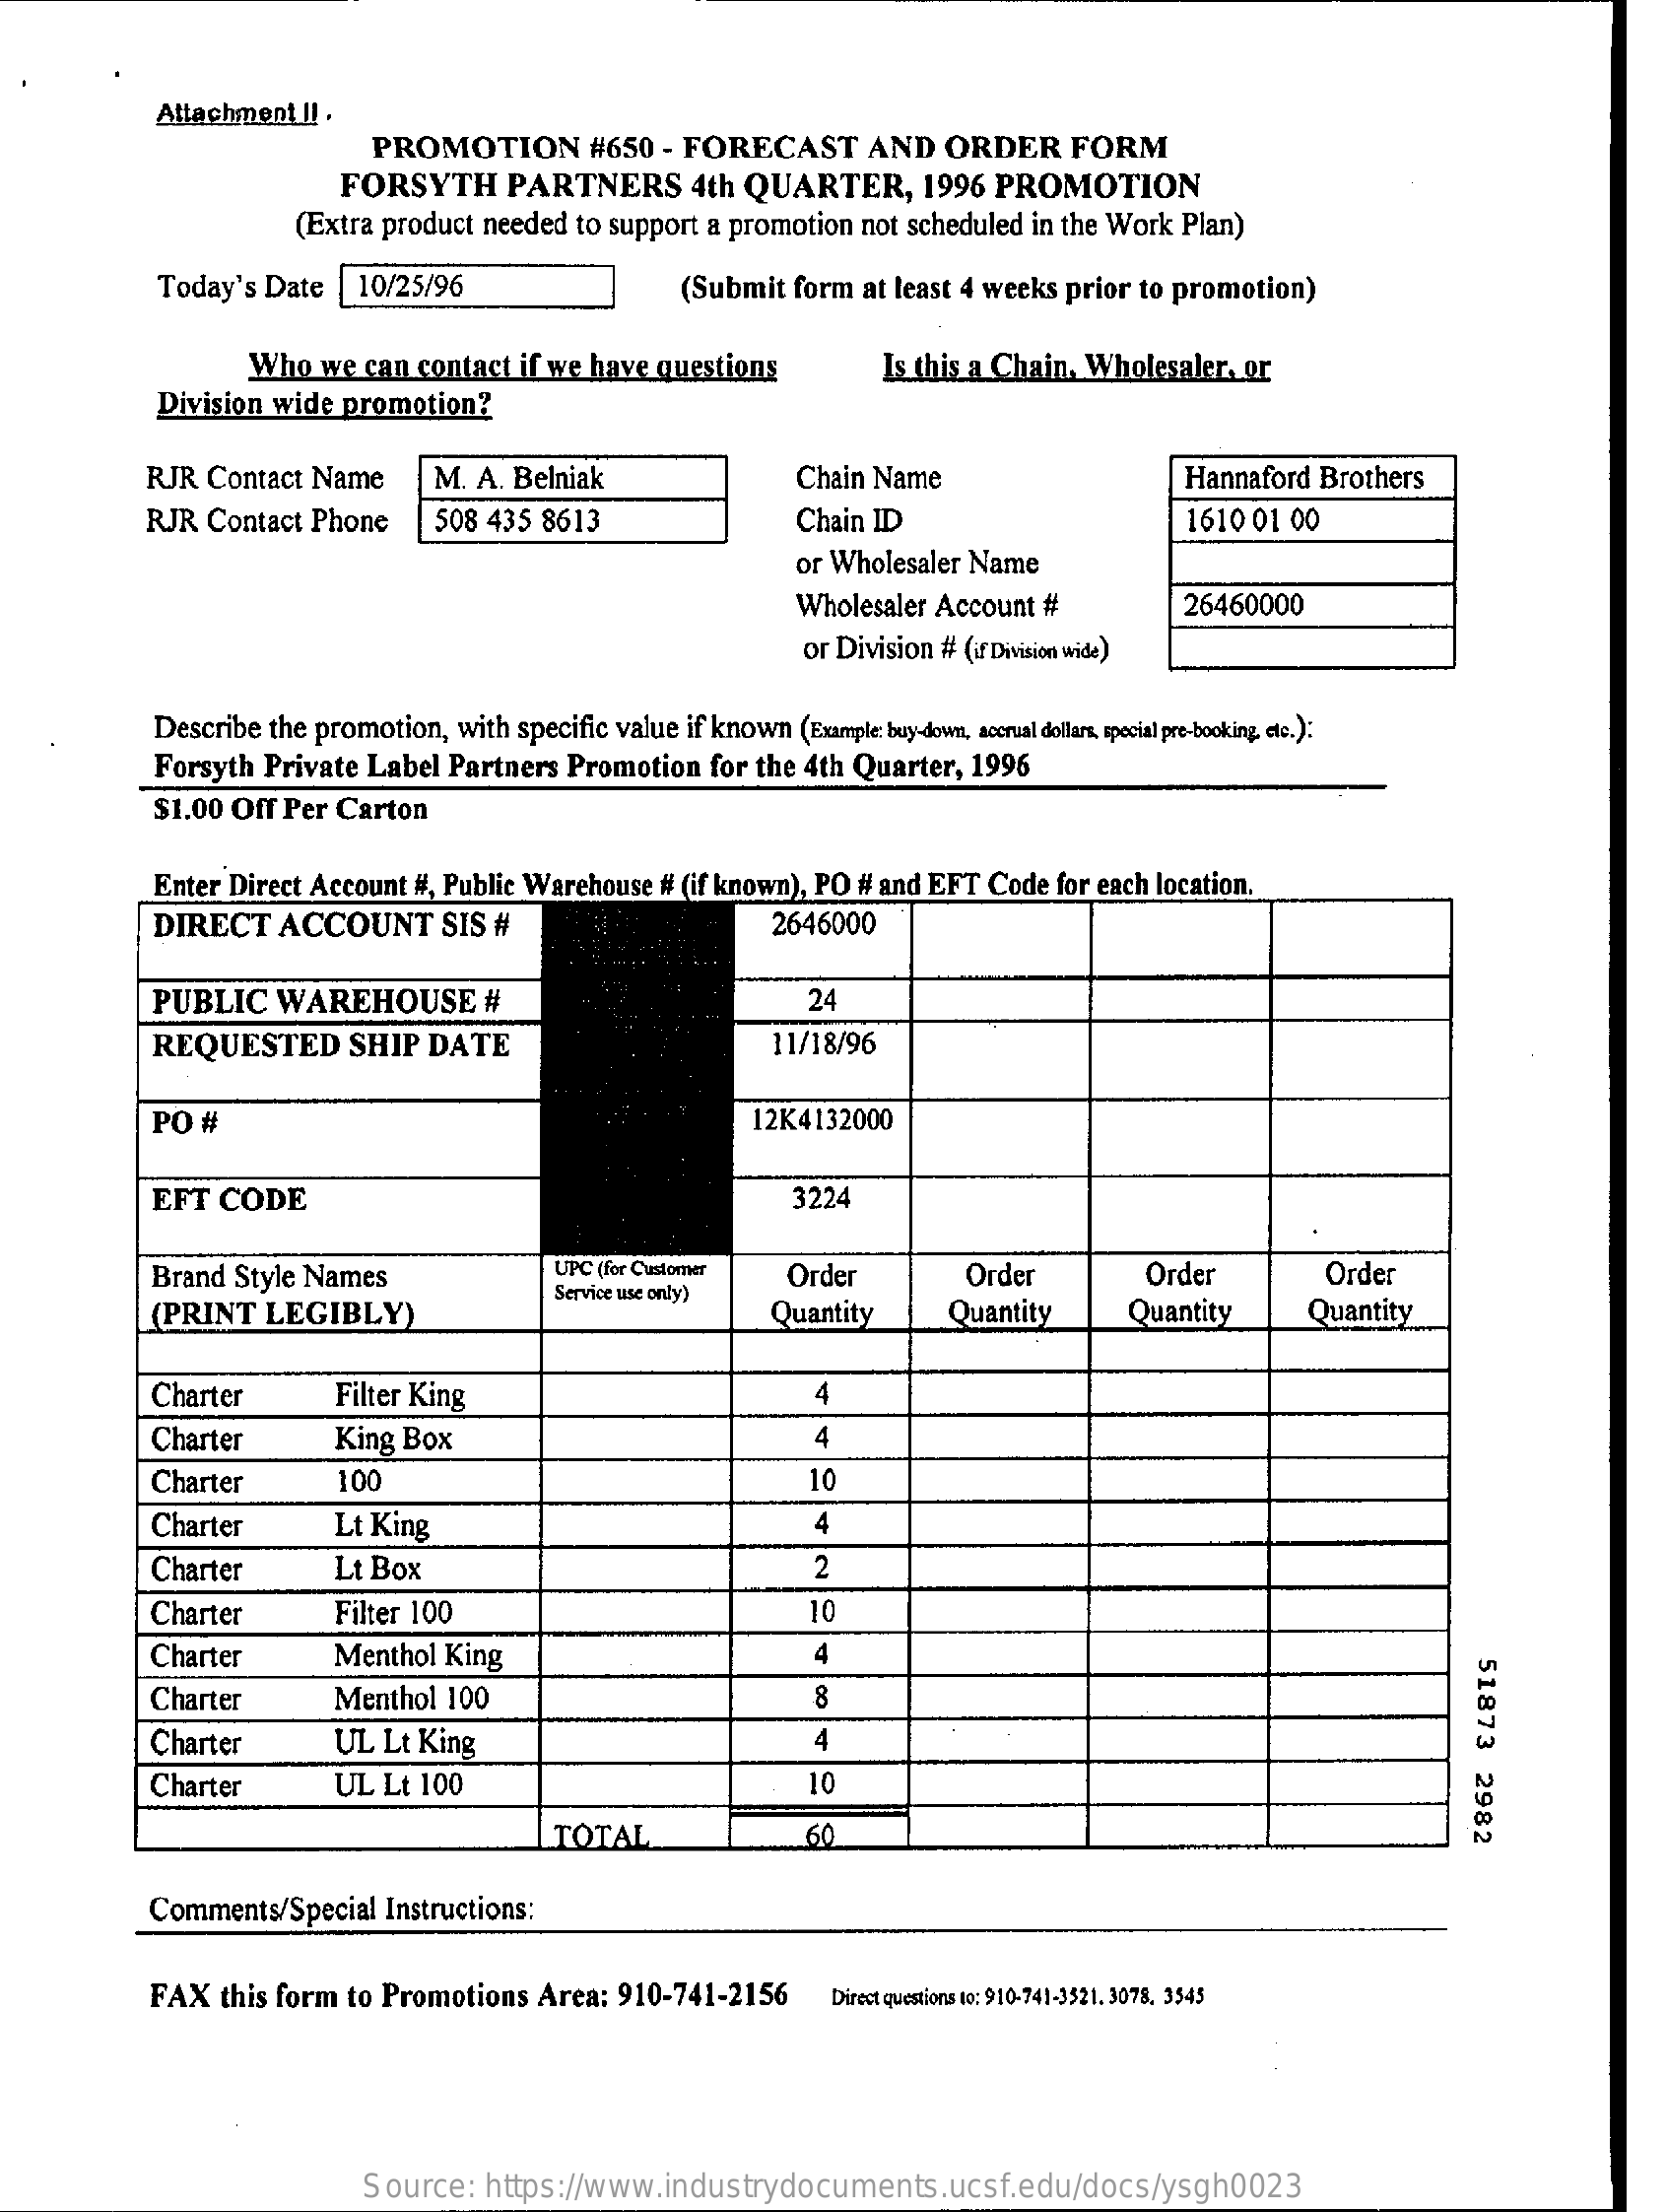
Attachment   !! .
     PROMOTION    #650  - FORECAST    AND    ORDER    FORM
     FORSYTH    PARTNERS    4th  QUARTER,    1996   PROMOTION
     (Extra  product  needed  to support a promotion   not scheduled  in the Work  Plan)
     Today's  Date    10/25/96    (Submit   form  at least 4 weeks  prior to promotion)
     Who  we  can  contact  if we have  questions    Is this a Chain,  Wholesaler,   or
     Division  wide  promotion?
     RJR  Contact  Name    M.  A. Belniak    Chain Name    Hannaford   Brothers
     RJR  Contact  Phone    508 435  8613    Chain ID    1610 01  00
     or Wholesaler  Name
     Wholesaler  Account  #    26460000
     or Division # (if Division wide)
     Describe the  promotion,  with  specific value if known  (Example: buy-down, accrual dollars, special pre-booking, etc.):
     Forsyth  Private  Label  Partners   Promotion    for the 4th Quarter,   1996
     $1.00 Off  Per Carton
     Enter Direct Account   #, Public Warehouse  # (if known), PO  # and EFT  Code  for each location.
     DIRECT    ACCOUNT    SIS  #    2646000
     PUBLIC    WAREHOUSE    #    24
     REQUESTED    SHIP   DATE    11/18/96
     PO  #    12K4132000
     EFT  CODE    3224
     Brand   Style Names    UPC (for Customer    Order    Order    Order    Order
     (PRINT   LEGIBLY)
     Service use only)
     Quantity    Quantity    Quantity    Quantity
     Charter    Filter King
     Charter    King Box    4
     Charter    100    10
     Charter    Lt King    4
     Charter    Lt Box    2
     Charter    Filter 100    10
     Charter    Menthol  King    4
     51873
     2982
     Charter    Menthol  100    8
     Charter    UL  Lt King
     Charter    UL  Lt 100    10
     TOTAL    60
     Comments/Special    Instructions:
     FAX   this form  to  Promotions   Area:   910-741-2156    Direct questions to: 910-741-3521. 3078, 3545
     Source:    https://www.industrydocuments.ucsf.edu/docs/ysgh0023